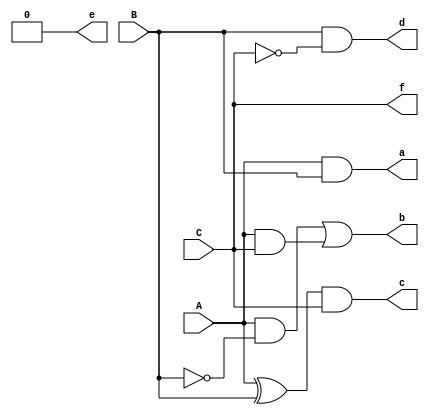
`timescale 1ns / 1ps
//////////////////////////////////////////////////////////////////////////////////
// Company: 
// Engineer: 
// 
// Design Name: 
// Module Name: square
// Project Name: 
// Target Devices: 
// Tool Versions: 
// Description: 
// 
// Dependencies: 
// 
// Revision:
// Revision 0.01 - File Created
// Additional Comments:
// 
//////////////////////////////////////////////////////////////////////////////////


module square(
    input A,
    input B,
    input C,
    output a,
    output b,
    output c,
    output d,
    output e,
    output f
    );
    assign a=A&B;
    assign b=(A&~B)|(A&C);
    assign c=(A^B)&C;
    assign d=B&~C;
    assign e=0;
    assign f=C;
endmodule